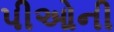
પીઓની